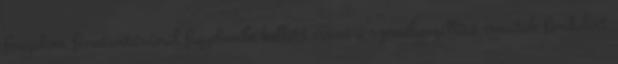
forgalom fenntartásánál figyelembe kellett venni a személyszállító vonatok fordulóit